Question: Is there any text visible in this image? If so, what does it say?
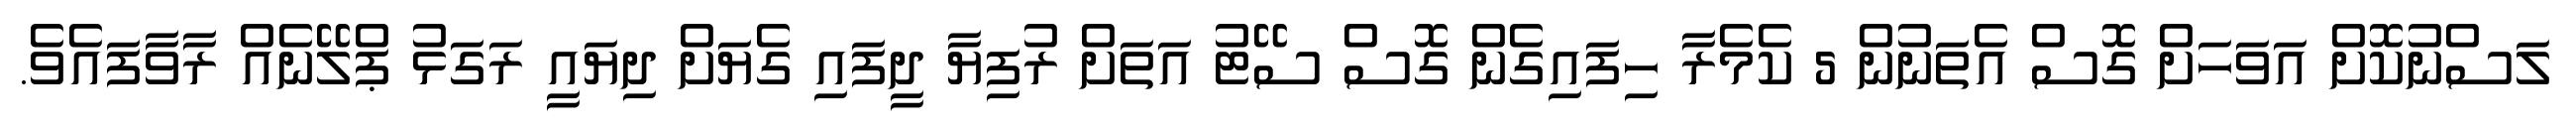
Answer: ލަސްނުކޮށް އަވަހަށް ގޮސް އެތަނުން 5 ކެމެރާ ހިފައިގެން ގޮސް ސޭޓު އަތަށް ރުފިޔާ ދީފައި ގެޔަށް ދިޔައީ ރަގަޅު ޕްލޭނެއް ރާވާފައެވެ.